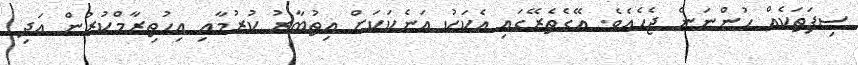
ސިފަތަކެއް ހުންނަން ޖެހެއެވެ. އޭގެތެރޭގައި އެކަކު އަނެކަކަށް އިތުބާރު ކުރުމާއި އިހުތިރާމްކުރުން އަދި